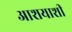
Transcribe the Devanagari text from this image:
आशयाशी